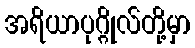
အရိယာပုဂ္ဂိုလ်တို့မှာ